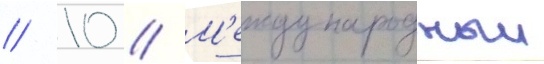
// 10 // М'еждународныи